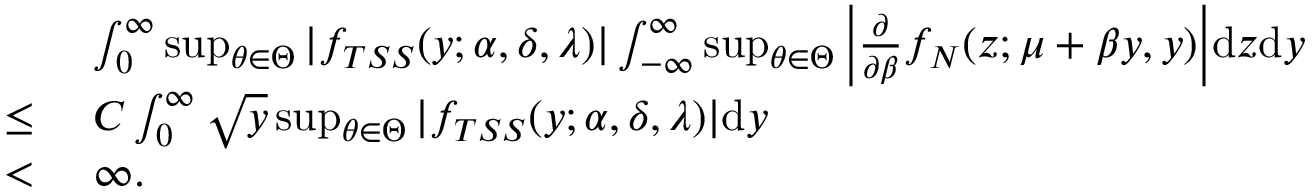
\begin{array} { r l } & { \ \int _ { 0 } ^ { \infty } \operatorname* { s u p } _ { \theta \in \Theta } | f _ { T S S } ( y ; \alpha , \delta , \lambda ) | \int _ { - \infty } ^ { \infty } \operatorname* { s u p } _ { \theta \in \Theta } \bigg | \frac { \partial } { \partial \beta } f _ { N } ( z ; \mu + \beta y , y ) \bigg | \mathrm { d } z \mathrm { d } y } \\ { \le } & { \ C \int _ { 0 } ^ { \infty } \sqrt { y } \operatorname* { s u p } _ { \theta \in \Theta } | f _ { T S S } ( y ; \alpha , \delta , \lambda ) | \mathrm { d } y } \\ { < } & { \ \infty . } \end{array}